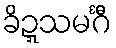
ခိဍ္ဍသမင်္ဂီ